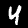
Digit: 4